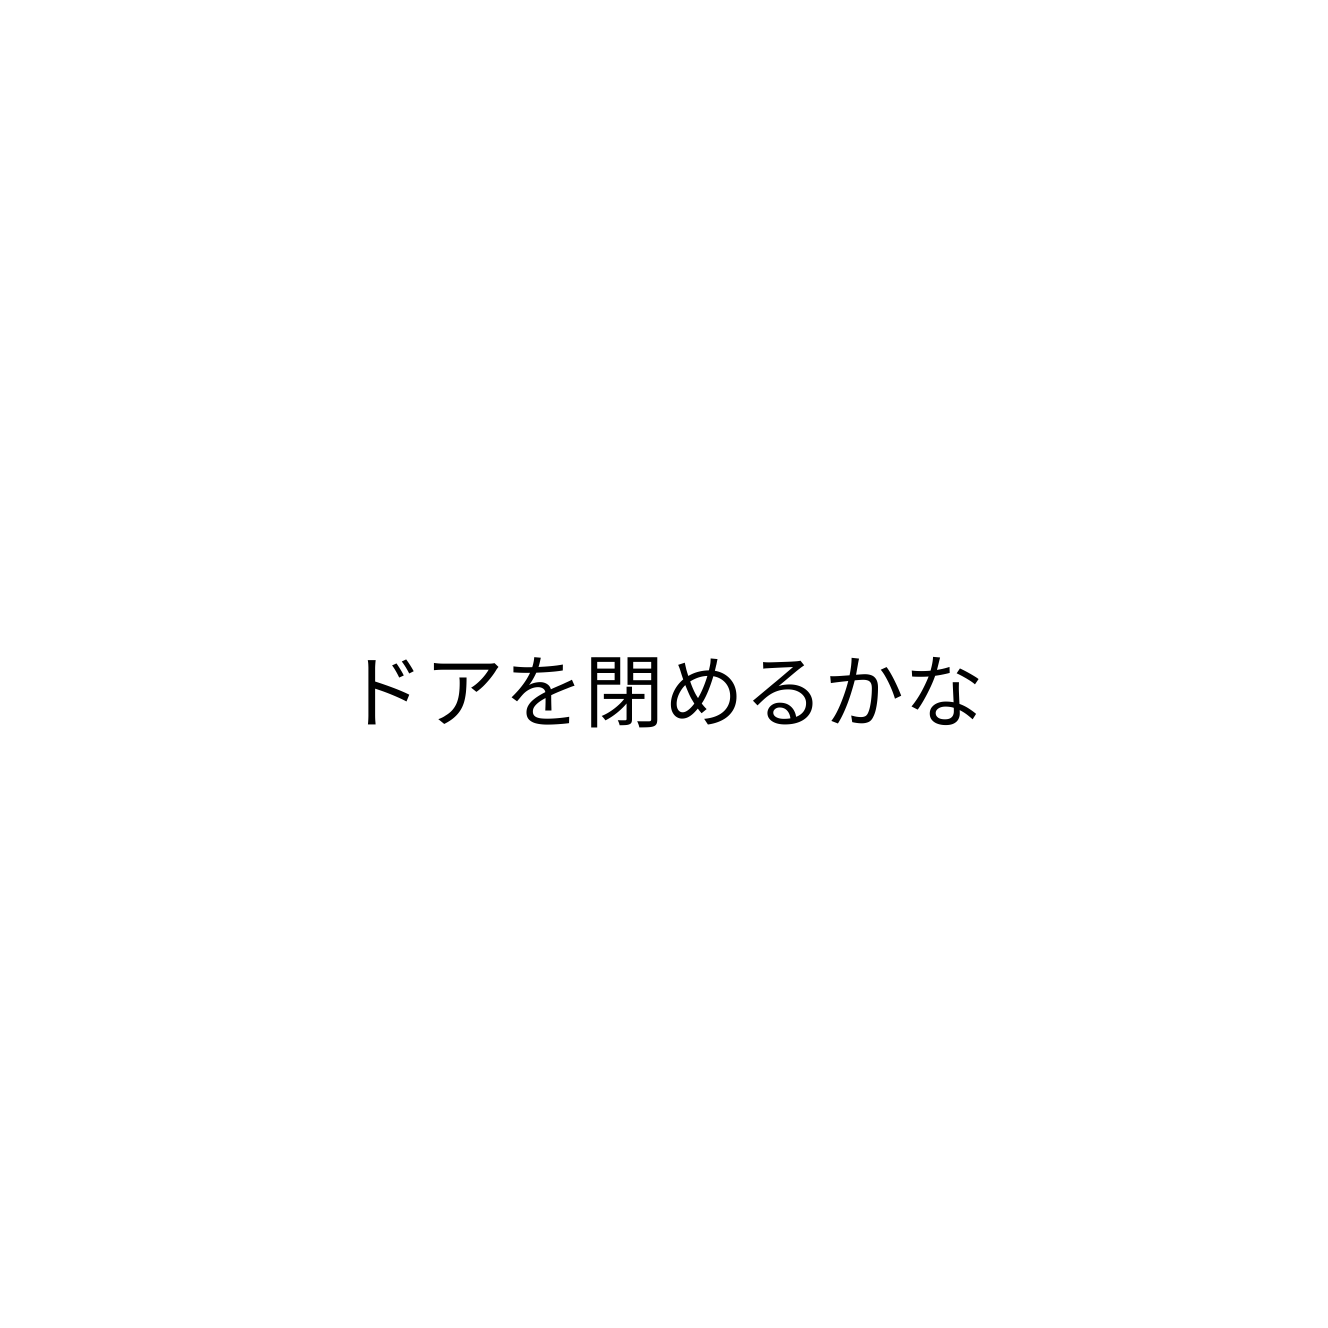
ドアを閉めるかな